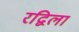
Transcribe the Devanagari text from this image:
रद्विला